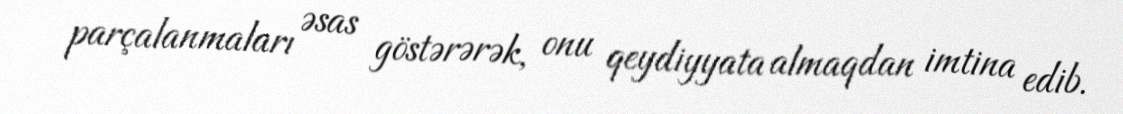
parçalanmaları əsas göstərərək, onu qeydiyyata almaqdan imtina edib.